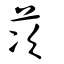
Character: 茨